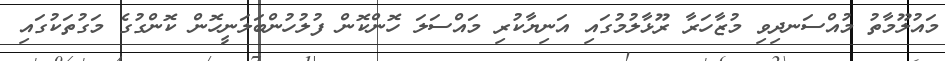
މައުލޫމާތު މުއްސަނދިވި މުޒާހަރާ ރޫޅާލުމުގައި އަނިޔާކުރި މައްސަލަ ހޮންކޮން ފުލުހުންބަލަނީހޮން ކޮންގުގެ މަގުތަކުގައި